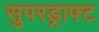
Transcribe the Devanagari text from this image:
सुपरड्राफ्ट